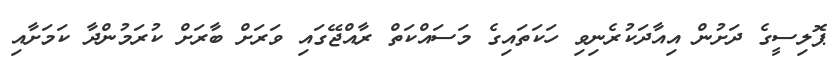
ޕޮލިސީގެ ދަށުން އިއާދަކުރެނިވި ހަކަތައިގެ މަސައްކަތް ރާއްޖޭގައި ވަރަށް ބާރަށް ކުރަމުންދާ ކަމަށާއި